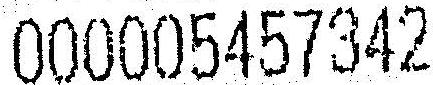
000005457342